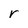
Character: r